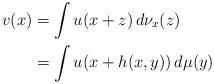
LaTeX: \begin{align*}v(x)&=\int u(x+z) \,d\nu_x(z)\\&=\int u(x+h(x,y)) \,d\mu(y)\\\end{align*}